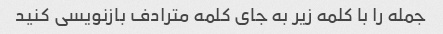
جمله را با کلمه زیر به جای کلمه مترادف بازنویسی کنید